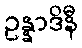
ဥန္နာဒိနီ